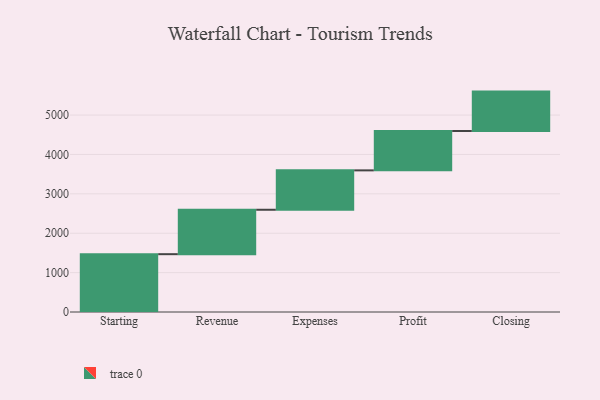
{"axis": {"x": "Step", "y": "Value"}, "legend": [""], "data": [{"x": "Starting", "y": 1468.0, "type": ""}, {"x": "Revenue", "y": 1128.0, "type": ""}, {"x": "Expenses", "y": 1000, "type": ""}, {"x": "Profit", "y": 1000, "type": ""}, {"x": "Closing", "y": 1000, "type": ""}]}